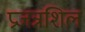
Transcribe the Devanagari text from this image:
प्रजन्नशिल